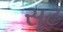
સૂટ